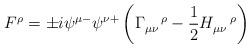
LaTeX: \begin{align*}F^{\rho }=\pm i\psi ^{\mu -}\psi ^{\nu +}\left( \Gamma _{\mu \nu }^{\quad\rho }-\frac{1}{2}H_{\mu \nu }^{\quad \rho }\right) \end{align*}